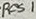
Text: Res1